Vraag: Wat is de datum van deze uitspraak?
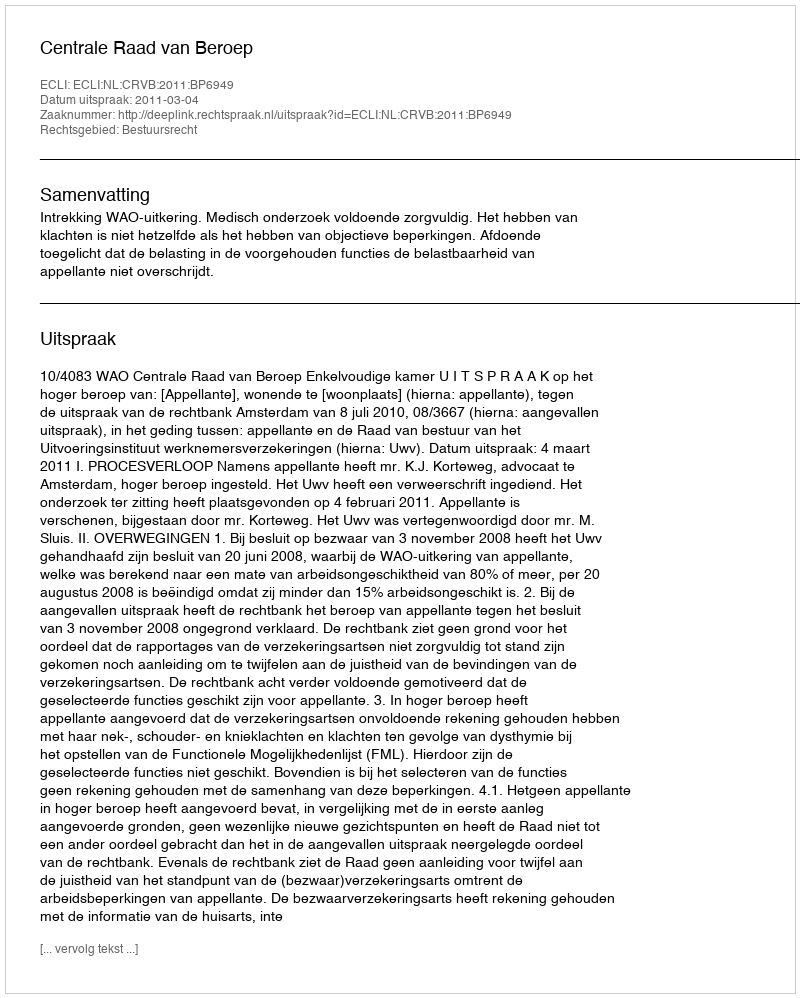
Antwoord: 2011-03-04